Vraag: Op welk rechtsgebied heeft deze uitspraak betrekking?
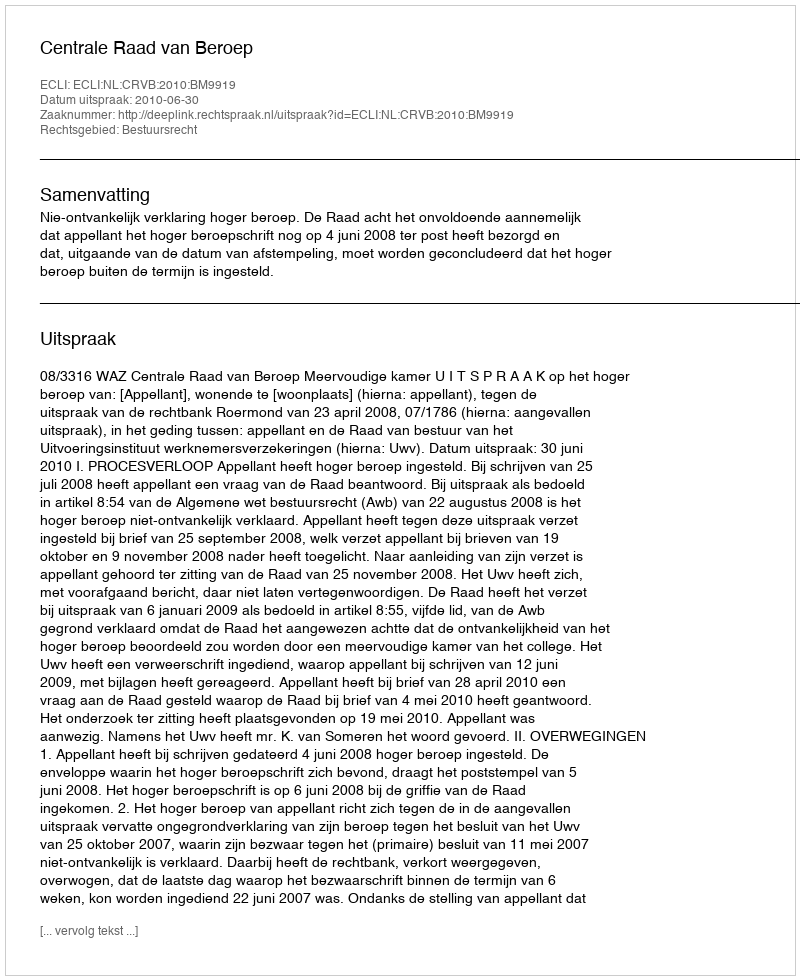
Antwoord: Bestuursrecht